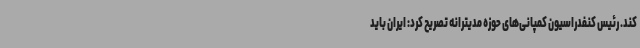
کند. رئیس کنفدراسیون کمپانی‌های حوزه مدیترانه تصریح کرد: ایران باید